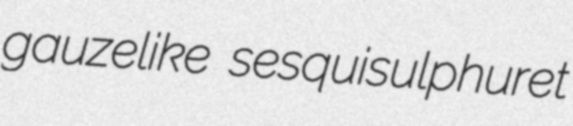
gauzelike sesquisulphuret